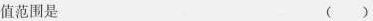
值范围是（）